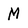
Character: M